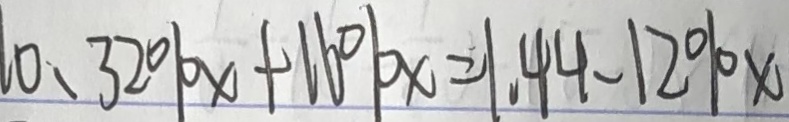
0 . 3 2 \% x + 1 6 \% = 1 . 4 4 - 1 2 \% x